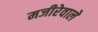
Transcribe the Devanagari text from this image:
मजीरेवाले